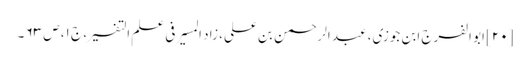
[۲۰] ابو الفرج ابن جوزی، عبد الرحمن بن علی، زاد المسیر فی علم التفسیر، ج ۱، ص ۶۳ ۔